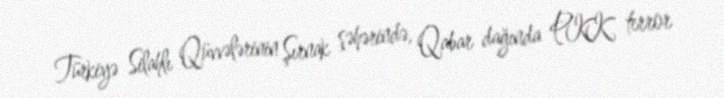
Türkiyə Silahlı Qüvvələrinin Şırnak şəhərində, Qabar dağında PKK terror